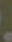
.